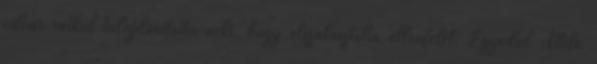
udvar vétkül tulajdonította neki, hogy elszalasztotta ellenfelét. Egyedül Attila